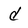
Character: d